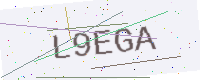
Text: L9EGA